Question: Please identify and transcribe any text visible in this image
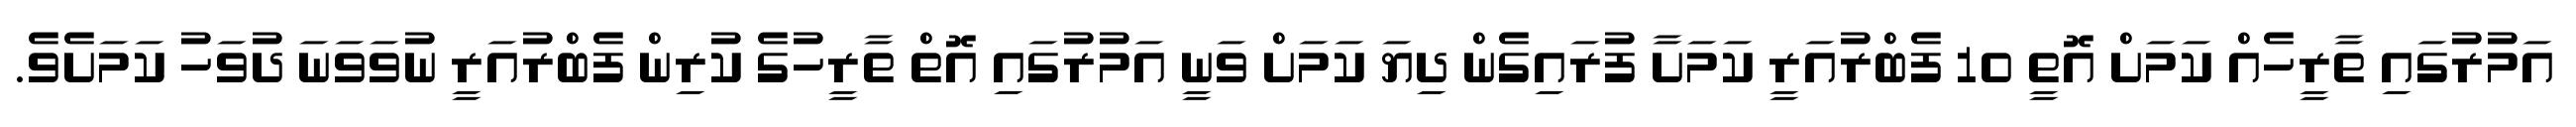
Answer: އަމުރުގައި ތާރީހެއް ކަމަށް އޮތީ 10 ފެބްރުއަރީ ކަމަށާ ފުރައިގެން ދިޔަ ކަމަށް ވަނީ އަމުރުގައި އޮތް ތާރީހުގެ ކުރިން ފެބްރުއަރީ ނުވަވަނަ ދުވަހު ކަމަށެވެ.